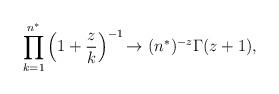
LaTeX: \begin{align*}\prod_{k=1}^{n^{*}} \left ( 1+\frac{z}{k} \right )^{-1}{\rightarrow} ~(n^{*})^{-z} \Gamma(z+1),\end{align*}